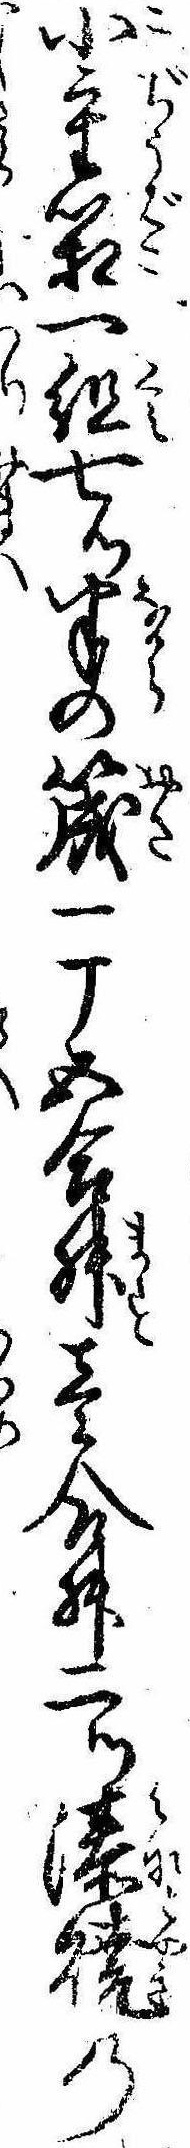
小重箱一組七ツ半の筬一丁五合舛壱合舛二ツ湊焼の